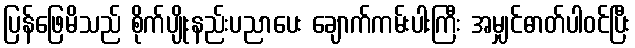
ပြန်ဖြေမိသည် စိုက်ပျိုးနည်းပညာပေး ချောက်ကမ်းပါးကြီး အမျှင်ဓာတ်ပါဝင်ပြီး